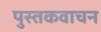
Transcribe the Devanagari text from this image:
पुस्तकवाचन